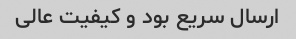
ارسال سریع بود و کیفیت عالی